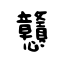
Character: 戇